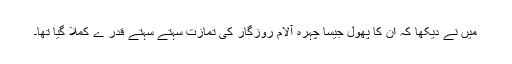
میں نے دیکھا کہ ان کا پھول جیسا چہرہ آلام روزگار کی تمازت سہتے سہتے قدر ے کملا گیا تھا۔